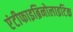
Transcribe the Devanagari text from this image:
एंटीफाइब्रिनोलाइटिक